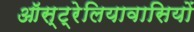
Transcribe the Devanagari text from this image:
ऑस्ट्रेलियावासियों